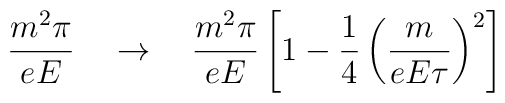
\frac{m^2\pi}{eE}\quad\to\quad \frac{m^2\pi}{eE}\left[1-\frac{1}{4}\left(\frac{m}{eE\tau}\right)^2\right]